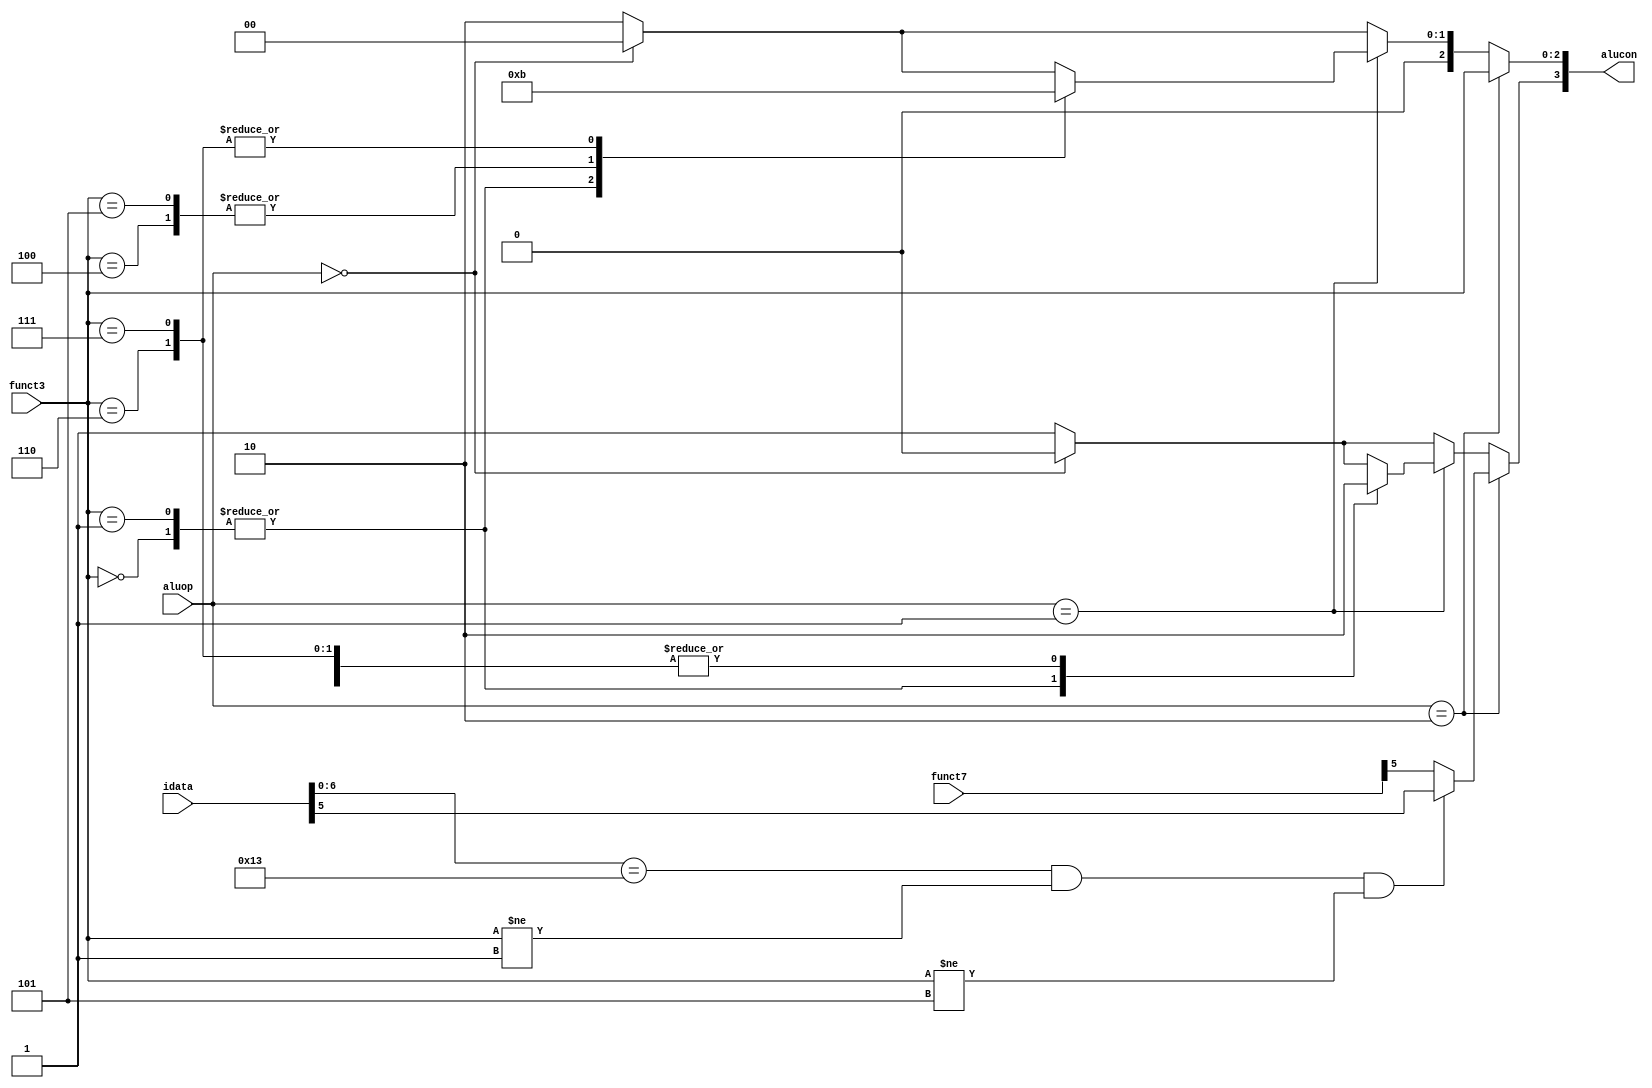
module alucontrol(
    input [1:0] aluop,
    input [6:0] funct7,
    input [2:0] funct3,
    input [31:0] idata,
    output reg [3:0] alucon
    );
    
    always @ (*) begin
        
        alucon <= 4'b1010; //since 4'b1010 hasnt been used
        
        if (aluop == 2'b00) begin //Load and Store
            alucon <= 4'b0000; //same as add
        end
                 
        if (aluop == 2'b01) begin //branch type
            case (funct3)
            3'b000: alucon<=4'b1000; //this is bge, which is sub
            3'b001: alucon<=4'b1000;
            3'b100: alucon<=4'b0010; //this is blt, which is slt
            3'b101: alucon<=4'b0010;
            3'b110: alucon<=4'b0011; //this is bltu, which is sltu (unsigned)
            3'b111: alucon<=4'b0011;
            endcase   
        end
        
        if (aluop == 2'b10) begin //R-type instructions
            if (idata[6:0] == 7'b0010011 && (funct3 != 3'b001) && (funct3 != 3'b101) ) begin
                alucon[2:0] <= funct3[2:0];
                alucon[3] <= idata[5];
            end
            
            else begin
                alucon[2:0] <= funct3[2:0];
                alucon[3] <= funct7[5];
            end
            
        end
        
    end
    
endmodule